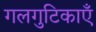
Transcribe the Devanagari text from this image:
गलगुटिकाएँ